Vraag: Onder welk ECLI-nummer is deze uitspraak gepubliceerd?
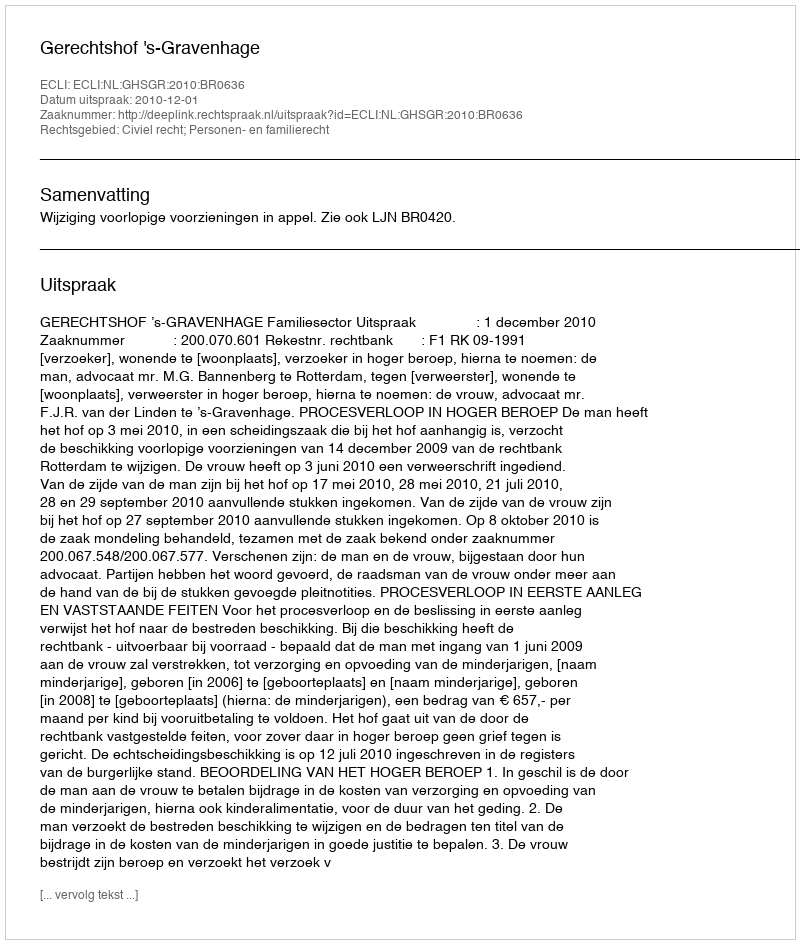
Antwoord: ECLI:NL:GHSGR:2010:BR0636